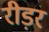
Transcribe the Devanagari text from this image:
रीड़र